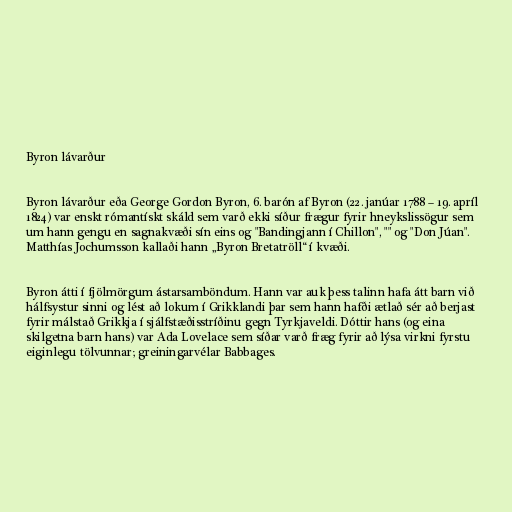
Byron lávarður

Byron lávarður eða George Gordon Byron, 6. barón af Byron (22. janúar 1788 – 19. apríl
1824) var enskt rómantískt skáld sem varð ekki síður frægur fyrir hneykslissögur sem
um hann gengu en sagnakvæði sín eins og "Bandingjann í Chillon", "" og "Don Júan".
Matthías Jochumsson kallaði hann „Byron Bretatröll“ í kvæði.

Byron átti í fjölmörgum ástarsamböndum. Hann var auk þess talinn hafa átt barn við
hálfsystur sinni og lést að lokum í Grikklandi þar sem hann hafði ætlað sér að berjast
fyrir málstað Grikkja í sjálfstæðisstríðinu gegn Tyrkjaveldi. Dóttir hans (og eina
skilgetna barn hans) var Ada Lovelace sem síðar varð fræg fyrir að lýsa virkni fyrstu
eiginlegu tölvunnar; greiningarvélar Babbages.